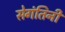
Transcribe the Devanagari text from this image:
सेगंतिनी